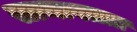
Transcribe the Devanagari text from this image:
सामावतात